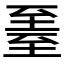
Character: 𬛳